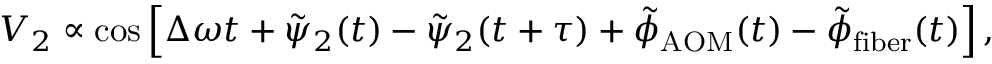
\begin{array} { r } { V _ { 2 } \propto \cos \left[ \Delta \omega t + \tilde { \psi } _ { 2 } ( t ) - \tilde { \psi } _ { 2 } ( t + \tau ) + \tilde { \phi } _ { \mathrm { A O M } } ( t ) - \tilde { \phi } _ { \mathrm { f i b e r } } ( t ) \right] , } \end{array}